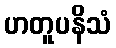
ဟတူပနိသံ